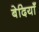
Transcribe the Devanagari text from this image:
बेदियाँ